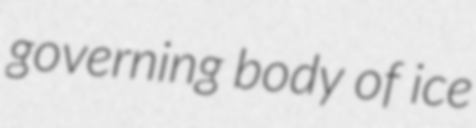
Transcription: governing body of ice